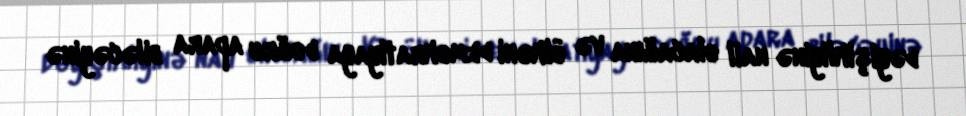
dəyişikliyinə nail olacağına və ölkəni demokratiyaya doğru apara biləcəyinə